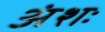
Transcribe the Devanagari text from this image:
अंशः